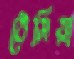
ঠেসিয়া